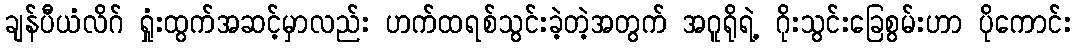
ချန်ပီယံလိဂ် ရှုံးထွက်အဆင့်မှာလည်း ဟက်ထရစ်သွင်းခဲ့တဲ့အတွက် အဂူရိုရဲ့ ဂိုးသွင်းခြေစွမ်းဟာ ပိုကောင်း